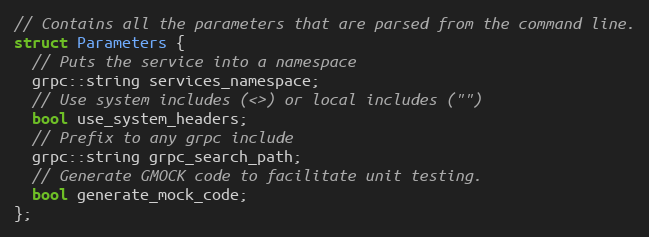
Language: C
// Contains all the parameters that are parsed from the command line.
struct Parameters {
  // Puts the service into a namespace
  grpc::string services_namespace;
  // Use system includes (<>) or local includes ("")
  bool use_system_headers;
  // Prefix to any grpc include
  grpc::string grpc_search_path;
  // Generate GMOCK code to facilitate unit testing.
  bool generate_mock_code;
};